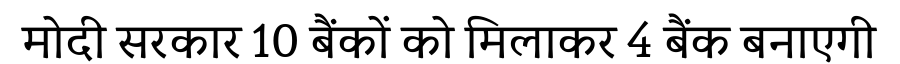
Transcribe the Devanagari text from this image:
मोदी सरकार 10 बैंकों को मिलाकर 4 बैंक बनाएगी